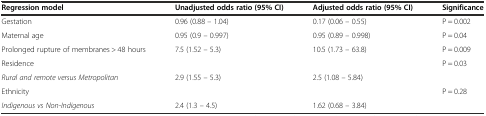
<table><thead><tr><td><b>Regression model</b></td><td><b>Unadjusted odds ratio (95% CI)</b></td><td><b>Adjusted odds ratio (95% CI)</b></td><td><b>Significance</b></td></tr></thead><tbody><tr><td>Gestation</td><td>0.96 (0.88 – 1.04)</td><td>0.17 (0.06 – 0.55)</td><td>P = 0.002</td></tr><tr><td>Maternal age</td><td>0.95 (0.9 – 0.997)</td><td>0.95 (0.89 – 0.998)</td><td>P = 0.04</td></tr><tr><td>Prolonged rupture of membranes &gt; 48 hours</td><td>7.5 (1.52 – 5.3)</td><td>10.5 (1.73 – 63.8)</td><td>P = 0.009</td></tr><tr><td>Residence</td><td></td><td></td><td rowspan="2">P = 0.03</td></tr><tr><td><i>Rural and remote versus Metropolitan</i></td><td>2.9 (1.55 – 5.3)</td><td>2.5 (1.08 – 5.84)</td></tr><tr><td>Ethnicity</td><td></td><td></td><td rowspan="2">P = 0.28</td></tr><tr><td><i>Indigenous vs Non-Indigenous</i></td><td>2.4 (1.3 – 4.5)</td><td>1.62 (0.68 – 3.84)</td></tr></tbody></table>